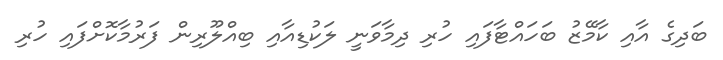
ބަދިގެ އާއި ކާމޭޒު ބަހައްޓާފައި ހުރި ދިމާވަނީ ލަކުޑިއާއި ބިއްލޫރިން ފަރުމާކޮށްފައި ހުރި